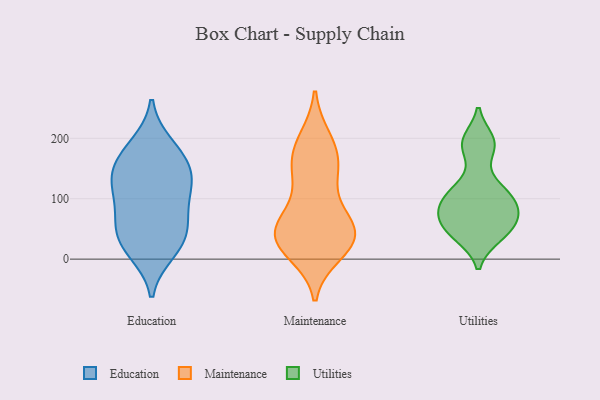
{"axis": {"x": "Page Views", "y": "Value"}, "legend": ["Education", "Maintenance", "Utilities"], "data": [{"x": "", "y": 117, "type": "Education"}, {"x": "", "y": 188, "type": "Education"}, {"x": "", "y": 50, "type": "Education"}, {"x": "", "y": 13, "type": "Education"}, {"x": "", "y": 124, "type": "Education"}, {"x": "", "y": 23, "type": "Education"}, {"x": "", "y": 148, "type": "Education"}, {"x": "", "y": 123, "type": "Education"}, {"x": "", "y": 33, "type": "Education"}, {"x": "", "y": 176, "type": "Education"}, {"x": "", "y": 80, "type": "Education"}, {"x": "", "y": 65, "type": "Education"}, {"x": "", "y": 156, "type": "Education"}, {"x": "", "y": 199, "type": "Maintenance"}, {"x": "", "y": 38, "type": "Maintenance"}, {"x": "", "y": 51, "type": "Maintenance"}, {"x": "", "y": 118, "type": "Maintenance"}, {"x": "", "y": 197, "type": "Maintenance"}, {"x": "", "y": 29, "type": "Maintenance"}, {"x": "", "y": 171, "type": "Maintenance"}, {"x": "", "y": 74, "type": "Maintenance"}, {"x": "", "y": 10, "type": "Maintenance"}, {"x": "", "y": 141, "type": "Maintenance"}, {"x": "", "y": 21, "type": "Maintenance"}, {"x": "", "y": 59, "type": "Maintenance"}, {"x": "", "y": 57, "type": "Maintenance"}, {"x": "", "y": 151, "type": "Maintenance"}, {"x": "", "y": 31, "type": "Maintenance"}, {"x": "", "y": 20, "type": "Maintenance"}, {"x": "", "y": 164, "type": "Maintenance"}, {"x": "", "y": 49, "type": "Maintenance"}, {"x": "", "y": 39, "type": "Utilities"}, {"x": "", "y": 40, "type": "Utilities"}, {"x": "", "y": 76, "type": "Utilities"}, {"x": "", "y": 91, "type": "Utilities"}, {"x": "", "y": 38, "type": "Utilities"}, {"x": "", "y": 106, "type": "Utilities"}, {"x": "", "y": 52, "type": "Utilities"}, {"x": "", "y": 103, "type": "Utilities"}, {"x": "", "y": 54, "type": "Utilities"}, {"x": "", "y": 122, "type": "Utilities"}, {"x": "", "y": 189, "type": "Utilities"}, {"x": "", "y": 76, "type": "Utilities"}, {"x": "", "y": 72, "type": "Utilities"}, {"x": "", "y": 116, "type": "Utilities"}, {"x": "", "y": 98, "type": "Utilities"}, {"x": "", "y": 196, "type": "Utilities"}, {"x": "", "y": 194, "type": "Utilities"}, {"x": "", "y": 71, "type": "Utilities"}, {"x": "", "y": 184, "type": "Utilities"}]}